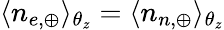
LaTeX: \langle n_{e,\oplus}\rangle_{\theta_{z}}=\langle n_{n,\oplus}\rangle_{\theta_{z}}